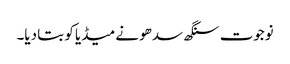
نوجوت سنگھ سدھو نے میڈیا کو بتا دیا۔